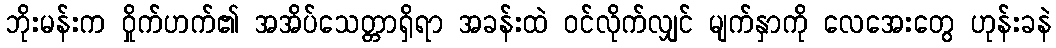
ဘိုးမန်းက ဝှိုက်ဟက်၏ အအိပ်သေတ္တာရှိရာ အခန်းထဲ ဝင်လိုက်လျှင် မျက်နှာကို လေအေးတွေ ဟုန်းခနဲ